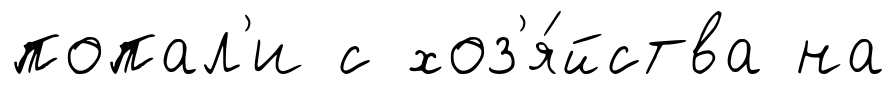
попал'и с хоз'я́йства на